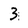
Character: 3